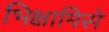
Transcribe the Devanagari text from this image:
भिक्षामिसे